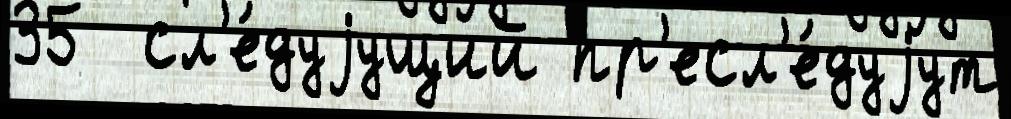
35  сл'е́дуjущий пр'есл'е́дуjут